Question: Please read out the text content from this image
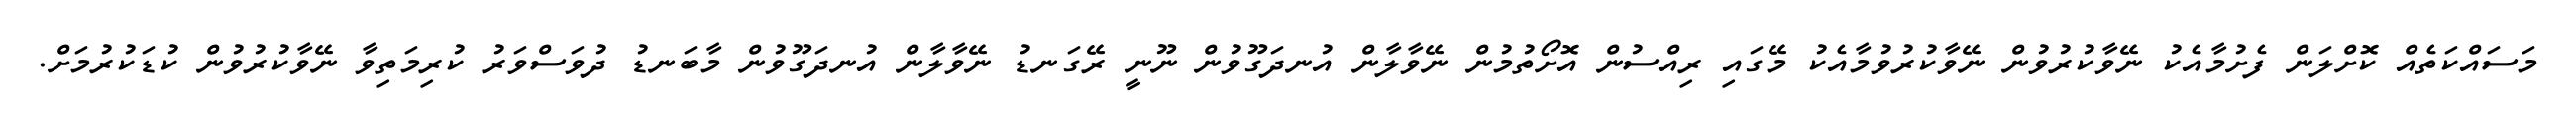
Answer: މަސައްކަތެއް ކޮށްލަން ފެށުމާއެކު ނޭވާކުރުވުން ނޭވާކުރުވުމާއެކު މޭގައި ރިއްސުން އޮށޯތުމުން ނޭވާލާން އުނދަގޫވުން ނޫނީ ރޭގަނޑު ނޭވާލާން އުނދަގޫވުން މާބަނޑު ދުވަސްވަރު ކުރިމަތިވާ ނޭވާކުރުވުން ކުޑަކުރުމަށް.